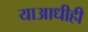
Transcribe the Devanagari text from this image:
याआधीही